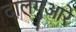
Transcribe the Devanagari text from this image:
दालगुआरे